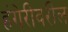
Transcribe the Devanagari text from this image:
हंगेरीवरील